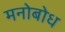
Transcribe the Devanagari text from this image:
मनोबोध